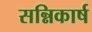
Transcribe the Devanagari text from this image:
सन्निकार्ष